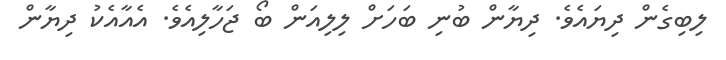
ލިިބިގެން ދިޔައެވެ. ދިޔާން ބުނި ބަހަށް ލިލިއަން ބޯ ޖަހާލިއެވެ. އެއާއެކު ދިޔާން